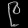
Digit: ၉